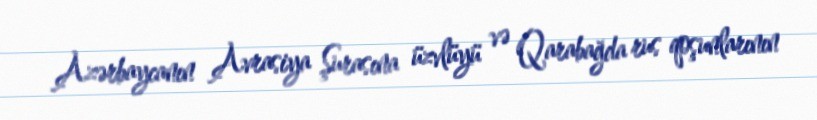
Azərbaycanın Avrasiya Şurasına üzvlüyü və Qarabağda rus qoşunlarının